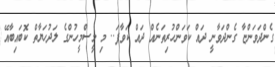
ގެންދަވަންޏާ ގެންދަވާނީ ދައް ކަވަންހުރިތަނެއް ދައް ކަވާފަ.. މި މީސްމީހުންގެ ލަދުހަޔާތް ކޮބައިބާއޭ